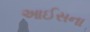
આઈસના